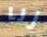
زنا